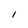
Character: l